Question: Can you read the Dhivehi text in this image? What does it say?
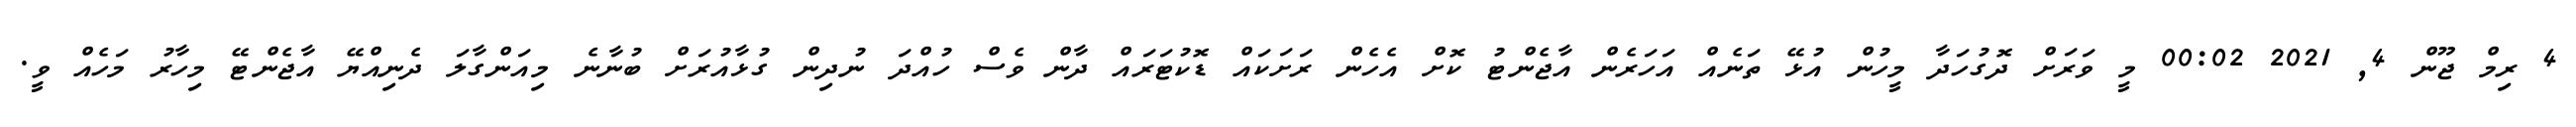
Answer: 4 ރިމް ޖޫން 4, 2021 00:02 މީ ވަރަށް ދޮގުހަދާ މީހުން އުޅޭ ތަނެއް އަހަރެން އާޖެންޓު ކޮށް އެހެން ރަށަކައް ޑޮކުޓަރައް ދާން ވެސް ހުއްދަ ނުދިން ގުޅާއުރަށް ބުނާނެ މިއަންގާލަ ދެނިއްޔޭ އާޖެންޓޭ މިހާރު މަހެއް ވީ.